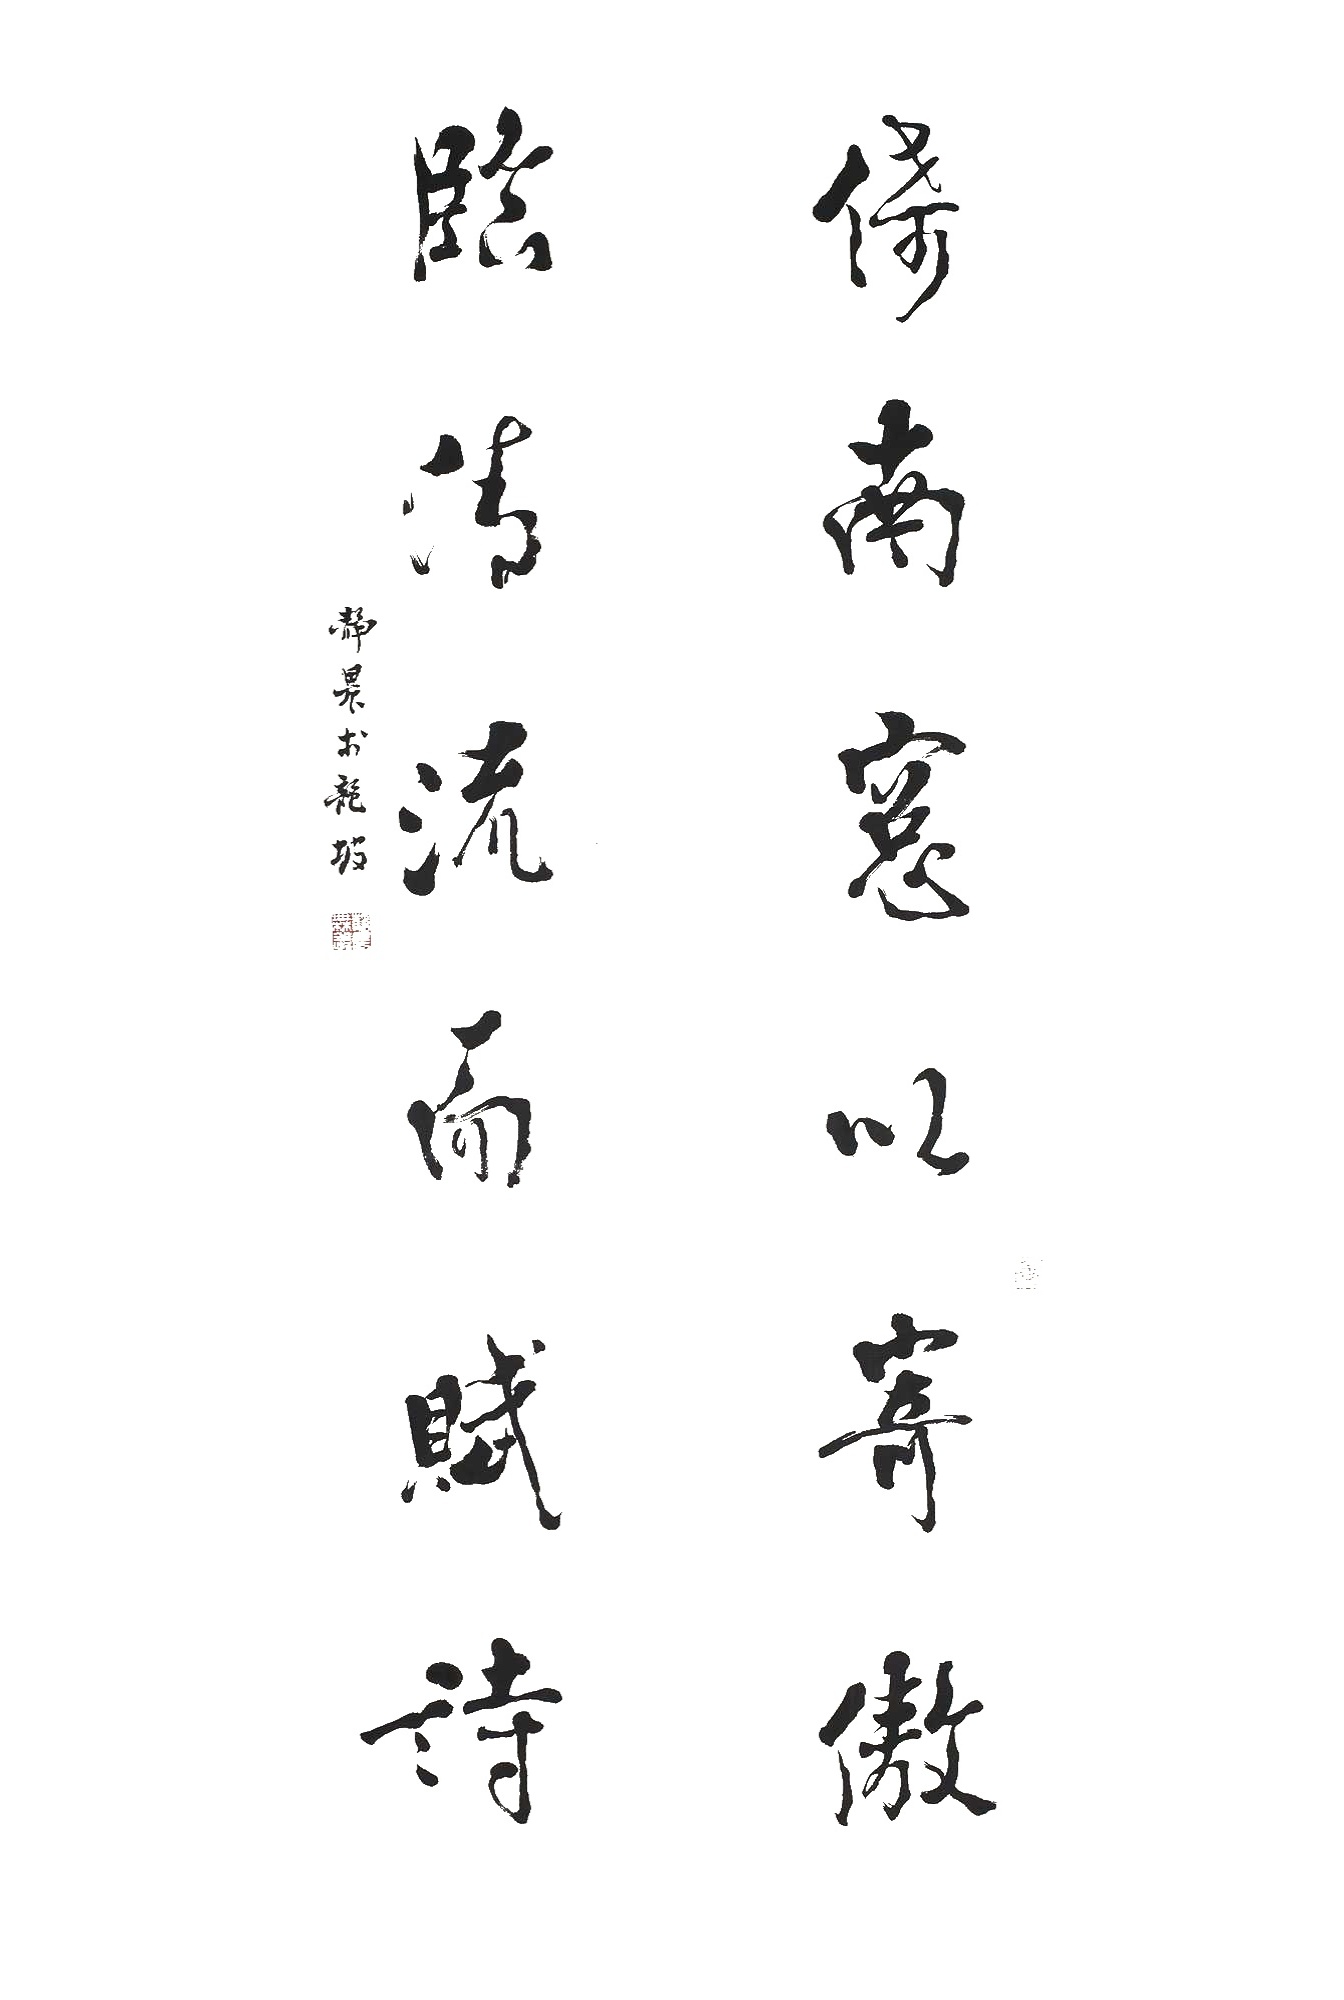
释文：倚南窗以寄傲，临清流而赋诗。静农于龙坡。